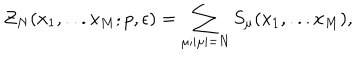
{ \cal Z } _ { N } ( x _ { 1 } , . . . x _ { M } ; p , \epsilon ) = \sum _ { \mu ; | \mu | = N } S _ { \mu } ( x _ { 1 } , . . . x _ { M } ) ,